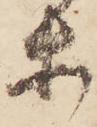
等